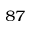
^ { 8 7 }